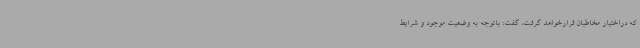
که دراختیار مخاطبان قرارخواهد گرفت، گفت: باتوجه به وضعیت موجود و شرایط